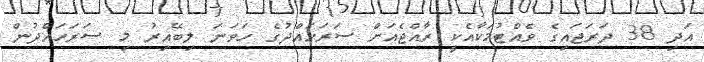
އަދި 38 ދަރަޖައިގެ ވެއްޓުމަކާއެކީ ރާއްޖެއަށް ސަރަހައްދުގެ ހަވަނަ ލިބޭއިރު މި ސަރަހައްދުން